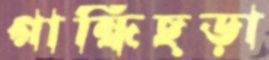
গান্ধিছড়া